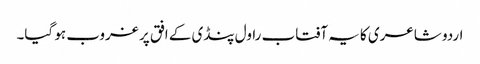
اردو شاعری کا یہ آفتاب راول پنڈی کے افق پر غروب ہو گیا۔